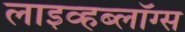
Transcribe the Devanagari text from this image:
लाइव्हब्लॉग्स